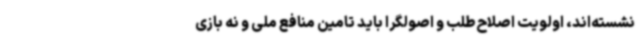
نشسته‌اند، اولویت اصلاح‌طلب و اصولگرا باید تامین منافع ملی و نه بازی